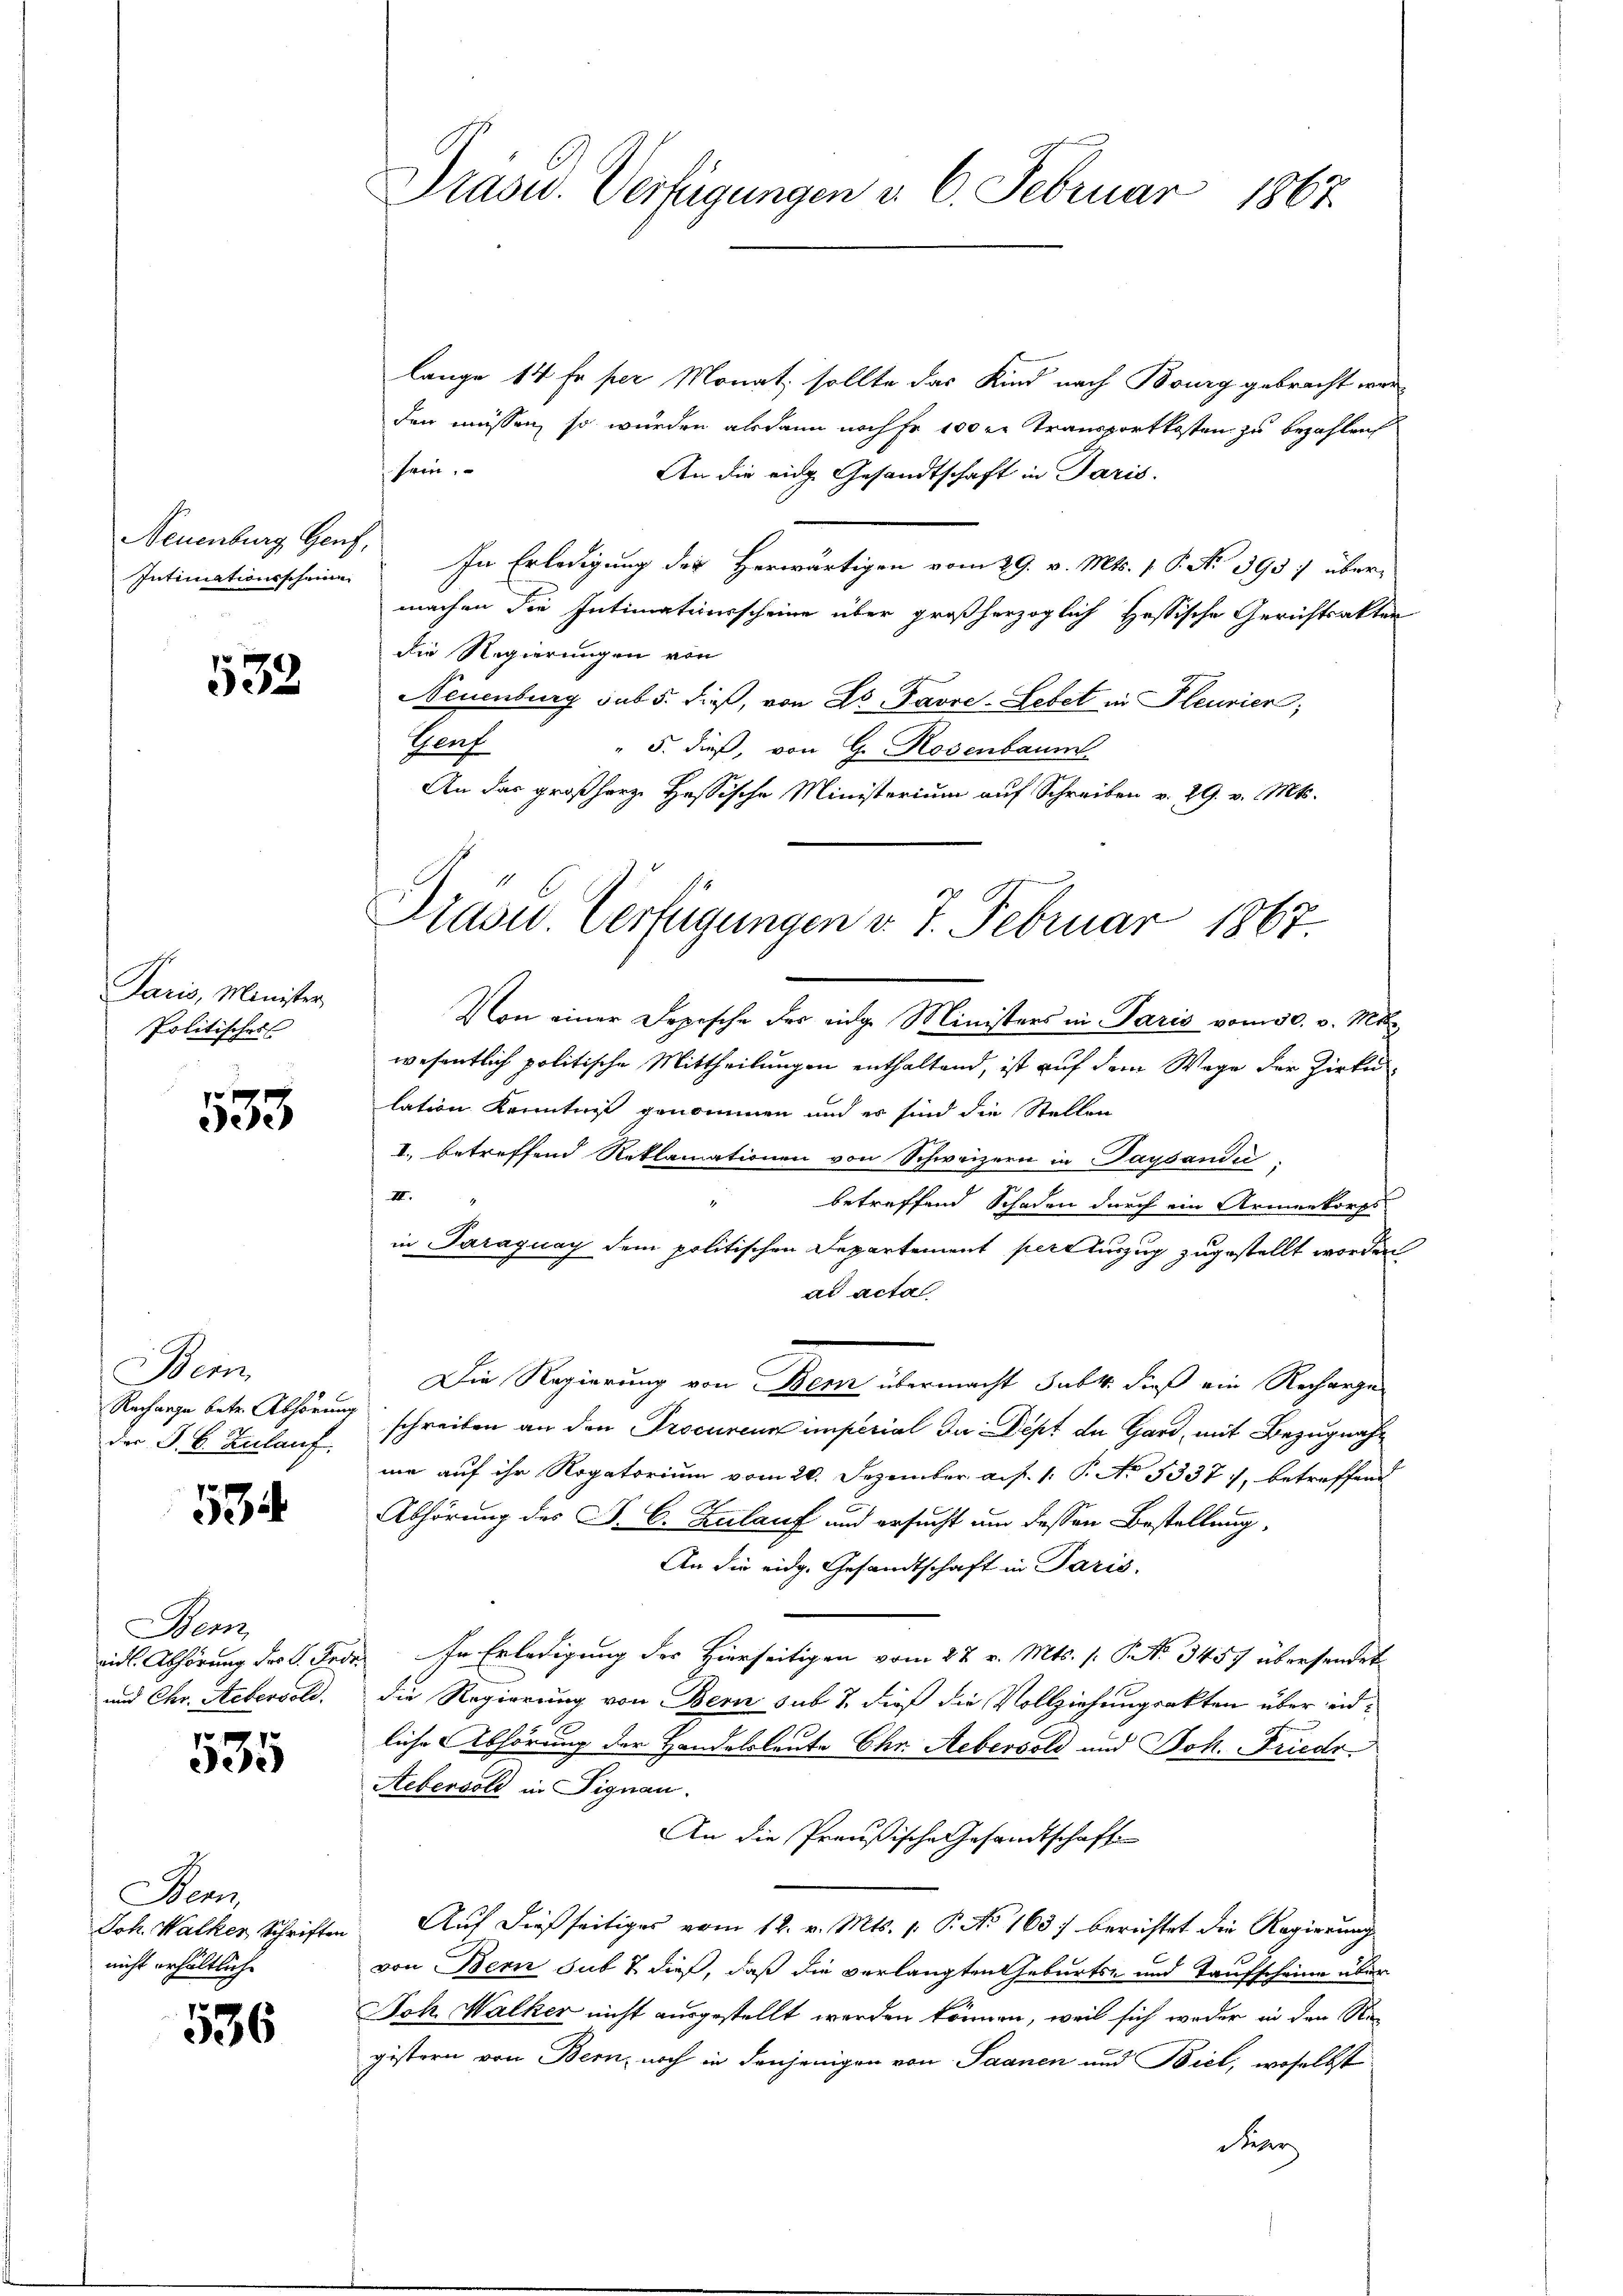
Intimationsscheine

532.

Paris, Minister,
Politisches

e
dede

Bein
Recharge betr. Abhörung
der J. B. Zulauf

534

Bern,
und Chr. Aebervoll.

xx
ee

Benn
Joh. Walker, Schriften
nicht erhältliche

536

Präsid. Verfügungen v. 6. Februar 1867.

lange 14 fr per Monat, sollte das Kind nach Bourg gebracht werden müssen, so würden alsdann nach hr. 100 r. Transportkosten zu bezahlen
sein.
An die eidg. Gesandtschaft in Paris.
Neuenburg Gauf. In Erledigung der Herwärtigen vom 29. v. Mts. 1. P. Nr. 3957 übermachen die Intimationsscheine über großherzoglich Hessische Gerichtsakter
die Regierungen von
Neuenburg sub 5. dieß, von Dr. Favre-Lebet in Pleurier;
Herf
" 5. dieß, von G. Rosenbaum
An das großherze Hassische Ministerium auf Schreiben v. 29. v. Mts.

Präsid.. Verfügungen v. 7. Februar 1867.

Von einer Dopische der einge Ministers in Paris vom 30. v. Mts
wesentlich politische Mittheilungen enthaltend, ist auf dem Wage der Zirke
lation Kenntnis genommen und es sind die Stellen
I., betreffend Reklamationen von Schweizern in Paysándić,
III.
betreffend Schaden durch ein Armenkorps
in Paraguay dem politischen Departement pert auszug zugestellt worden
ad acta
Die Regierung von Bern übermacht subt dieß ein Recharges
schreiben an den Procureur imperial da Dept de Gard, mit Bezugnahme auf ihr Rogatorium vom 20. Dezember a. f. 1. P. No. 5337), betreffend
Abhörung des P. C. Zulauf und ersucht um dessen Bestellung,
An die eidg. Gesandtschaft in Paris,
eid. Abhörung des C. Frde. In Erledigung des Hierseitigen vom 22. v. Mts. (: No 3457 übersendet.
die Regierung von Bern sub 7. dieß die Vollziehungsakten über endliche Abhörung der Handelsleute Chr. Aebersold und Joh. Friedr
Aebervoll in Signau.
An die Preußische Gesandtschaft
Auf dießseitiges vom 12. v. Mts. 1. P. No 1637 berichtet die Regierung
von Bern sub & dieß, daß die verlangten Geburts- und Taufscheine über
Joh. Walker nicht ausgestellt worden können, weil sich weder in den Na-
gistern von Bern, noch in denjenigen von Saanen und Biel, woselbst
der